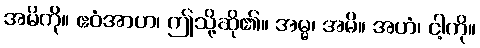
အမိကို။ ဧဝံအာဟ၊ ဤသို့ဆို၏။ အမ္မ၊ အမိ။ အဟံ၊ ငါ့ကို။